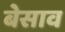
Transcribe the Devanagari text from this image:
बेसाव